Vaccination report Assam 1874-1896 - 1874-1896
Year: 1874
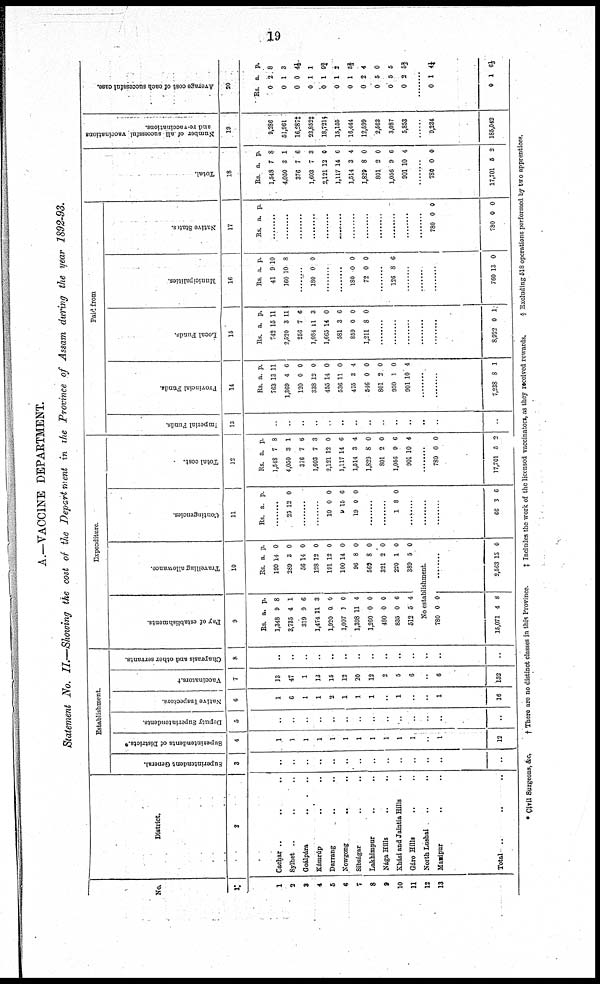
19
A.—VACCINE DEPARTMENT.
Statement No. II.—Showing the cost of the Department in the Province of Assam during the year 1892-93.
No.
1
1
3
3
4
5
6
7
8
9
10
11
12
13
District.
2
Cachar .. .. ..
Sylhet .. .. ..
Goálpára .. .. ..
Kámrúp .. .. ..
Darrang .. .. ..
Nowgong
.. .. ..
Sibságar .. .. ..
Lakhimpur
..
..
Nága Hills .. ..
Khási and Jaintia Hills
Gáro Hills .. .. ..
North Lushai .. .. ..
Manipur .. .. ..
Total .. .. ..
Establishment.
Superintendent General.
3
..
..
..
..
..
..
..
..
..
..
..
..
..
..
Superintendents of Districts.*
4
1
1
1
1
1
1
1
1
1
1
1
..
1
12
Deputy Superintendents.
5
..
..
..
..
..
..
..
..
..
..
..
..
..
..
Native Inspectors.
6
1
6
1
1
2
1
1
1
..
1
..
..
1
16
Va c c i
na t
or s .†
7
13
47
1
13
15
12
20
12
2
5
6
..
6
152
Chapr as i
s and other servants.
8
..
..
..
..
..
..
..
..
..
..
..
..
..
..
Expenditure.
Pay of establishments.
9
Rs.
1,348
3,735
319
1,474
1,920
1,007
1,398
1,260
480
835
512
a.
9
4
9
11
0
1
11
0
0
0
5
p.
8
1
6
3
0
0
4
0
0
6
4
Travelling allowance.
10
Rs.
199
289
56
128
191
100
96
569
321
220
389
a.
14
3
14
12
12
14
8
8
2
1
5
p.
0
0
0
0
0
0
0
0
0
0
0
No establishment.
780
15,071
0
4
0
8
........
2,563 13 0
Contingencies.
11
Rs. a. p.
........
25 12 0
........
........
10
9
19
0
15
0
0
6
0
........
......
1 8 0
..........
..........
..........
66 3 6
Total cost.
12
Rs.
1,548
4,050
376
1,603
2,121
1,117
1,514
1,829
801
1,056
901
a.
7
3
7
7
12
14
3
8
2
9
10
p.
8
1
6
3
0
6
4
0
0
6
4
..........
780
17,701
0
5
0
2
Paid from
Imperial Funds.
13
..
..
..
..
..
..
..
..
..
..
..
..
..
..
Provincial Funds.
14
Rs.
763
1,369
120
338
455
536
475
546
801
930
901
a.
13
4
0
12
14
11
3
0
2
1
10
p.
11
6
0
0
0
0
4
0
0
0
4
......
......
7,238 8 1
Local Funds.
15
Rs.
742
2,520
256
1,084
1,665
581
859
1,211
a.
15
3
7
11
14
3
0
8
p.
11
11
6
3
0
6
0
0
......
......
......
......
......
8,922 0 1
Municipalities.
16
Rs.
41
160
a.
9
10
p.
10
8
......
180 0 0
......
......
180
72
0
0
0
0
......
126 8 6
......
......
......
760 13 0
Native States.
17
Rs. a. p.
........
........
......
......
......
......
......
......
......
......
......
......
780
730
0
0
0
0
Total.
18
Rs.
1,548
4,050
376
1,603
2,121
1,117
1,514
1,829
801
1,056
901
a.
7
3
7
7
12
14
3
8
2
9
10
p.
8
1
6
3
0
6
4
0
0
6
4
......
780
17,701
0
5
0
2
Number of all successful vaccinations
and re-vaccinations.
19
9,286
51,961
16,287‡
23,852‡
18,721§
15,155
16,444
12,599
2,563
3,087
5,858
......
9,234
185,042
Average cost of each successful case.
20
Rs.
0
0
0
0
0
0
0
0
0
0
0
a.
2
1
0
1
1
1
1
2
5
5
3
p.
8
3
4½
1
9¾
2
52/3
4
0
5
52/1
......
0
0
1
1
4¼
61/3
* Civil Surgeons, &c.
† There are no distinct classes in this Province.
‡ Includes the work of the licensed vaccinators, as they received rewards.
§ Excluding 518 operations performed by two apprentices.